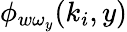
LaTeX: \phi_{w\omega_{y}}(k_{i},y)